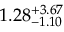
1 . 2 8 _ { - 1 . 1 0 } ^ { + 3 . 6 7 }